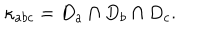
\kappa _ { a b c } = D _ { a } \cap D _ { b } \cap D _ { c } .